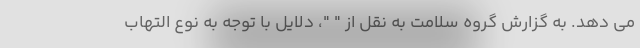
می دهد. به گزارش گروه سلامت به نقل از " "، دلایل با توجه به نوع التهاب